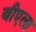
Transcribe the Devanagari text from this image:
बीएला